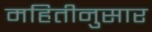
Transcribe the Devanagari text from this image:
महितीनुसार